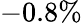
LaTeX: -0.8\%